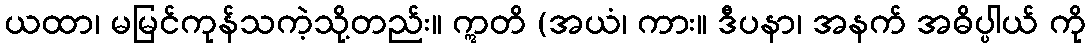
ယထာ၊ မမြင်ကုန်သကဲ့သို့တည်း။ ဣတိ (အယံ၊ ကား။ ဒီပနာ၊ အနက် အဓိပ္ပါယ် ကို